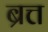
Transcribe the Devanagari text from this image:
ब्रत्त